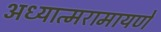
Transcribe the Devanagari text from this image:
अध्यात्मरामायणे